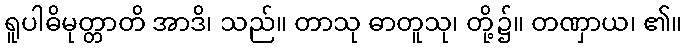
ရူပါဓိမုတ္တာတိ အာဒိ၊ သည်။ တာသု ဓာတူသု၊ တို့၌။ တဏှာယ၊ ၏။